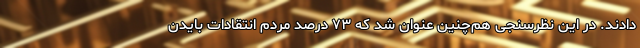
دادند. در این نظرسنجی هم‌چنین عنوان شد که ۷۳ درصد مردم انتقادات بایدن